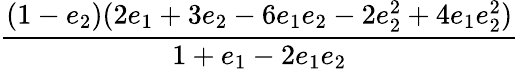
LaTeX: \displaystyle\frac{(1-e_{2})(2e_{1}+3e_{2}-6e_{1}e_{2}-2e_{2}^{2}+4e_{1}e_{2}^{2})}{1+e_{1}-2e_{1}e_{2}}